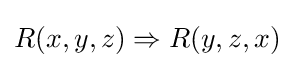
R(x,y,z)\Rightarrow R(y,z,x)